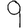
Digit: 9